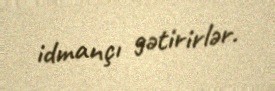
idmançı gətirirlər.